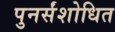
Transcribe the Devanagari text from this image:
पुनर्संशोधित